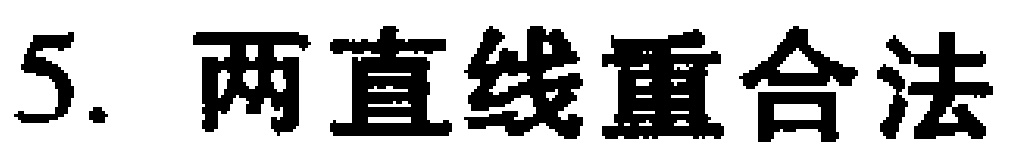
5. 两直线重合法